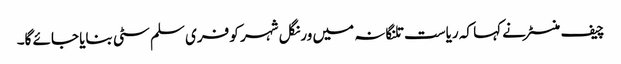
چیف منسٹر نے کہا کہ ریاست تلنگانہ میں ورنگل شہر کو فری سلم سٹی بنایا جائے گا۔